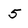
Character: 5